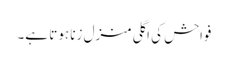
فواحش کی اگلی منزل زنا ہوتا ہے۔